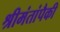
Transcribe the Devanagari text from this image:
श्रीमंतांपैकी